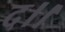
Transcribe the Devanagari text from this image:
द।।